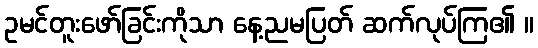
ဥမင်တူးဖော်ခြင်းကိုသာ နေ့ညမပြတ် ဆက်လုပ်ကြ၏ ။